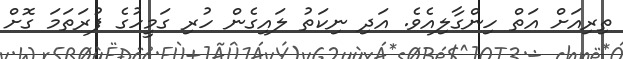
ތިރިއަށް އަތް ހިންގާލިއެވެ. އަދި ނިކަތު ލައިގެން ހުރި ގަމީހުގެ ފުރަތަމަ ގޮށް